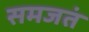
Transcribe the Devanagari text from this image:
समजतं